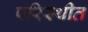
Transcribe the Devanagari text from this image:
परिस्थीत